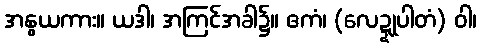
အနွယကား။ ယဒါ၊ အကြင်အခါ၌။ ဧကံ၊ (လေဍ္ဍုပါတံ) ဝါ၊